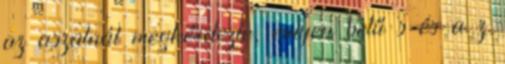
az aszalnál megkérdezte, milyen betű s és a z